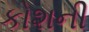
કોશની